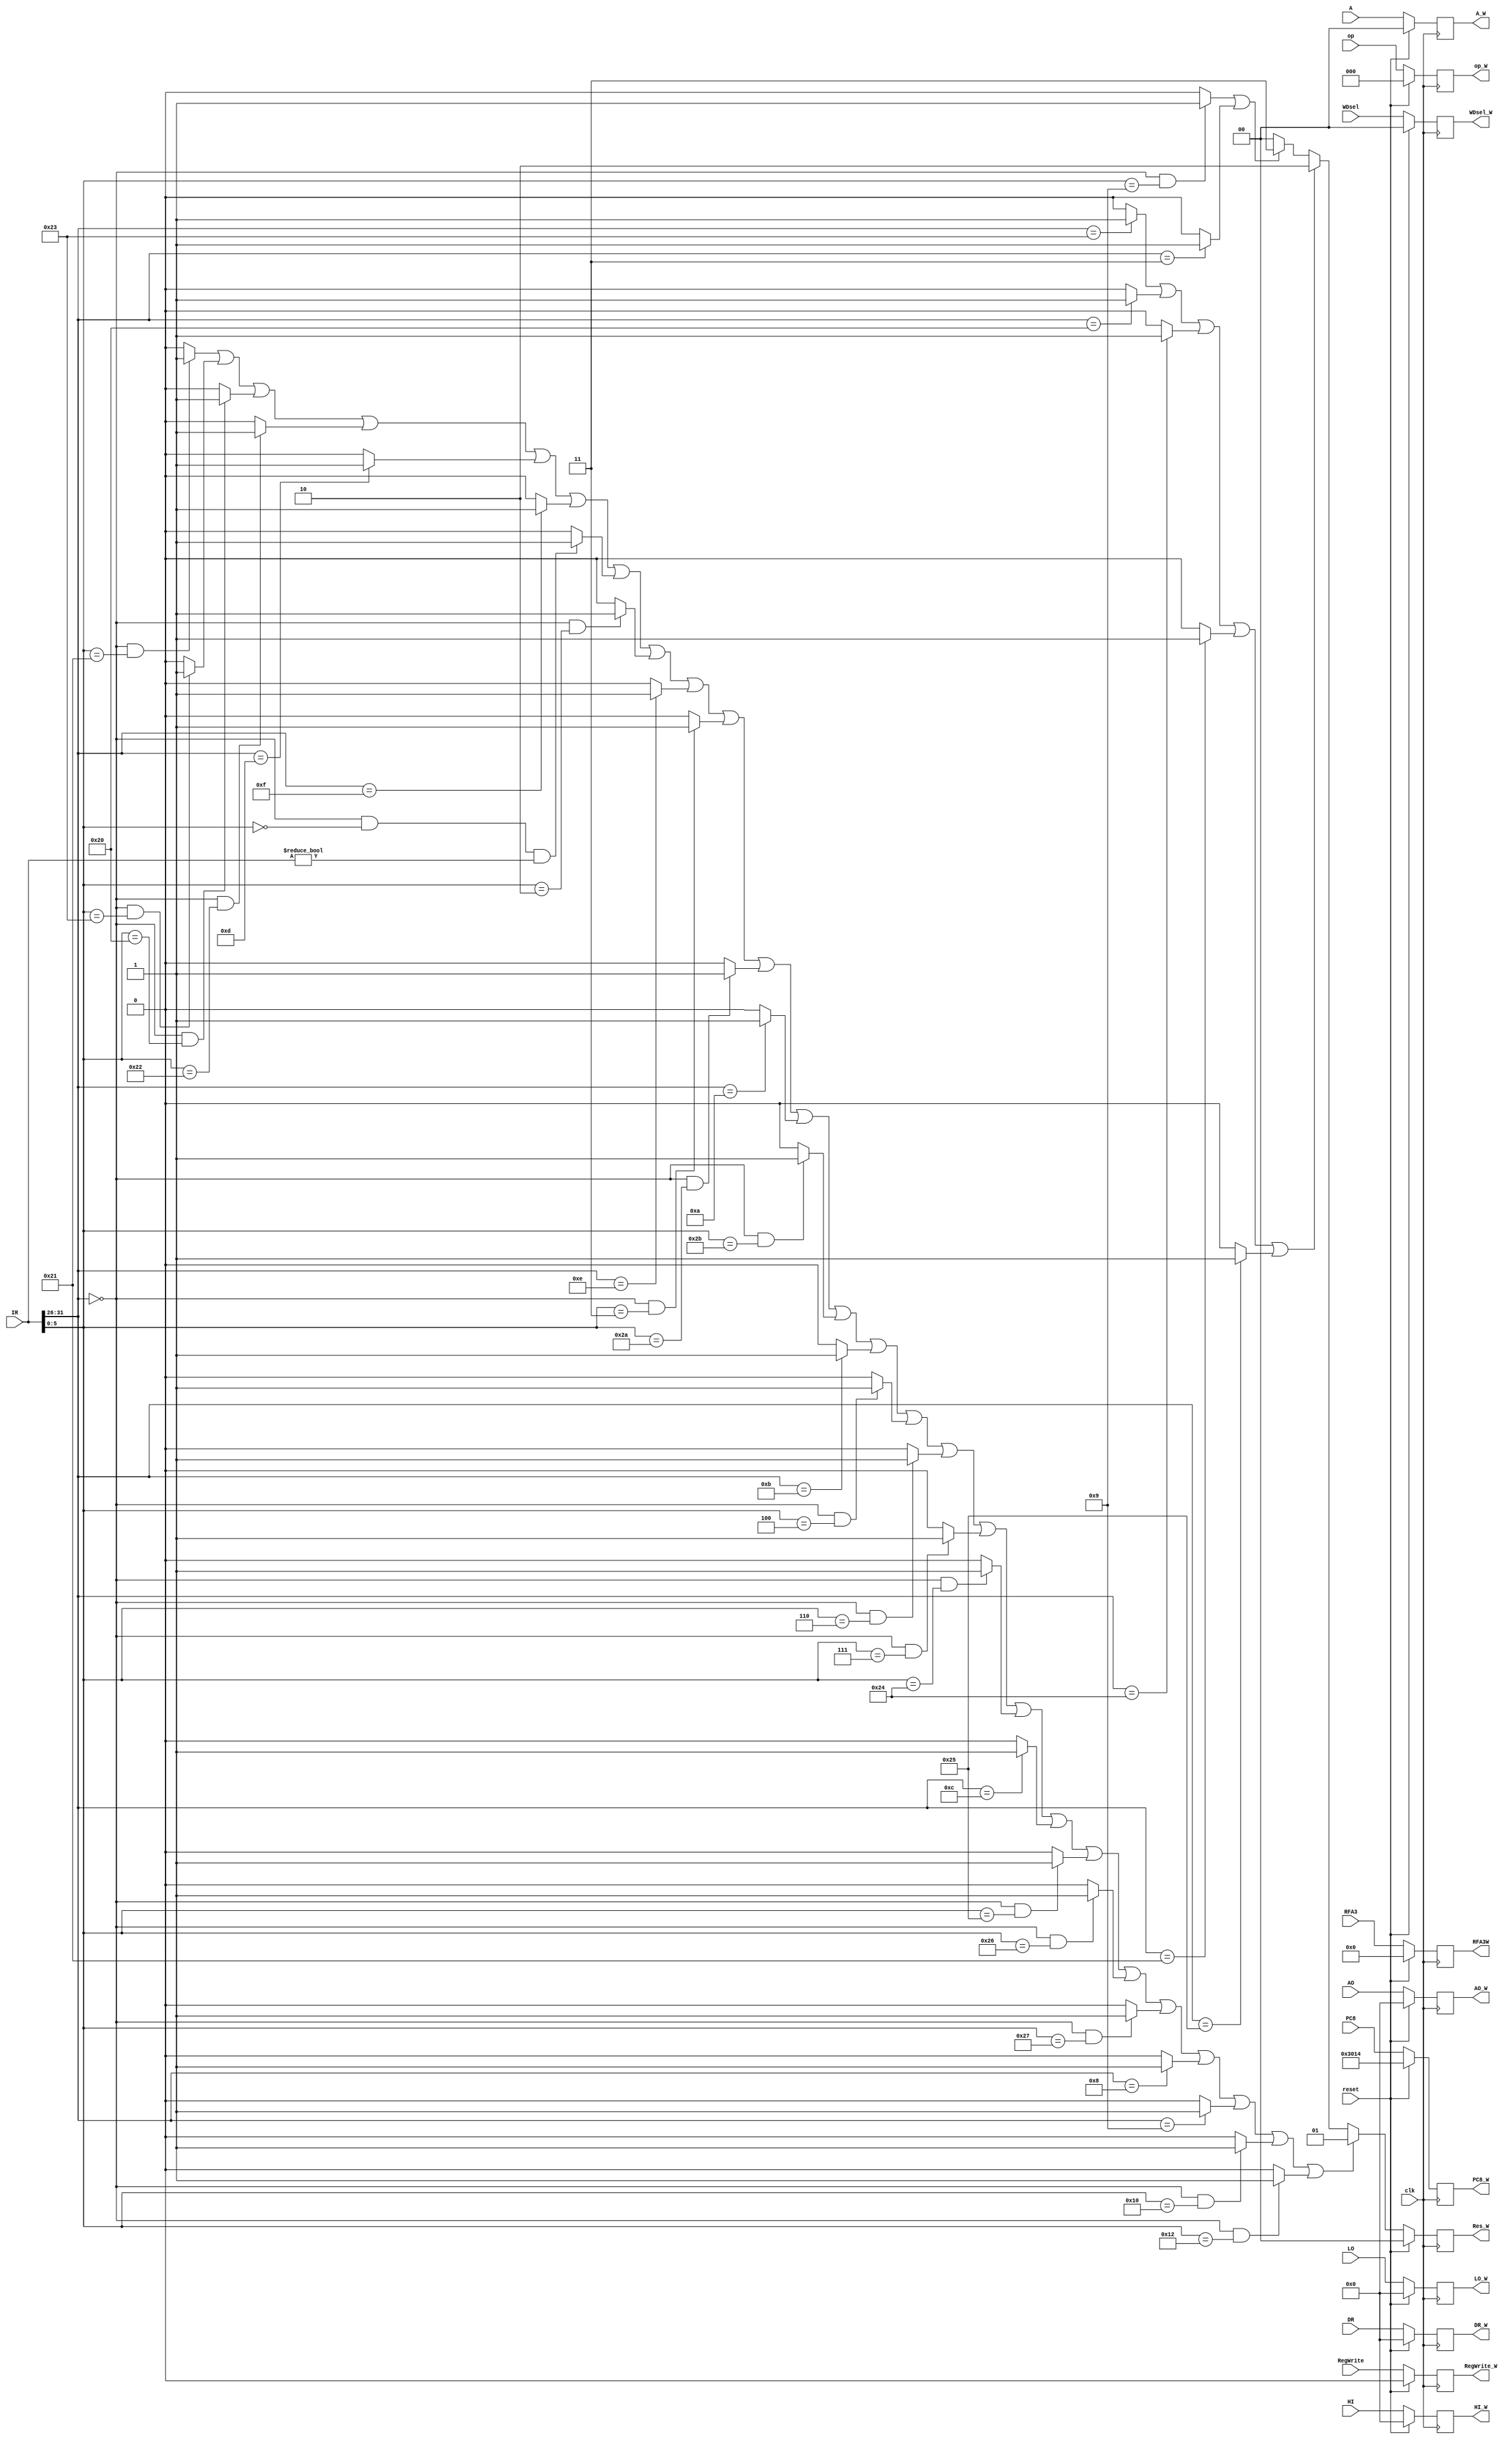
`timescale 1ns / 1ps

`define NW	2'b00
`define ALU 2'b01
`define DM 2'b10
`define PC 2'b11

`define op	31:26
`define func	5:0
`define rs	25:21
`define rt	20:16

`define addu	6'b100001
`define subu	6'b100011
`define jr	6'b001000
`define jalr	6'b001001
`define ori	6'b001101
`define lw	6'b100011
`define sw	6'b101011
`define beq	6'b000100
`define lui	6'b001111
`define xori	6'b001110
`define jal	6'b000011
`define j	6'b000010
`define lb	6'b100000
`define lbu	6'b100100
`define lh	6'b100001
`define lhu	6'b100101
`define sb	6'b101000
`define sh	6'b101001
`define add	6'b100000
`define sub	6'b100010
`define sll	6'b000000
`define srl	6'b000010
`define sra	6'b000011
`define sllv	6'b000100
`define srlv	6'b000110
`define srav	6'b000111
`define andand	6'b100100
`define andi	6'b001100
`define oror	6'b100101
`define xorxor	6'b100110
`define nornor	6'b100111
`define bgez	6'b000001
`define bltz	6'b000001
`define blez	6'b000110
`define bgtz	6'b000111
`define addi	6'b001000
`define addiu	6'b001001
`define slt	6'b101010
`define slti	6'b001010
`define sltu	6'b101011
`define sltiu	6'b001011
`define bne	6'b000101
`define mfhi	6'b010000
`define mflo	6'b010010

//////////////////////////////////////////////////////////////////////////////////
// Company: 
// Engineer: 
// 
// Design Name: 
// Module Name:    Wregs 
// Project Name: 
// Target Devices: 
// Tool versions: 
// Description: 
//
// Dependencies: 
//
// Revision: 
// Revision 0.01 - File Created
// Additional Comments: 
//
//////////////////////////////////////////////////////////////////////////////////
module Wregs(
	input clk,
	input reset,
	input [31:0] IR,
	input [31:0] PC8,
	input [31:0] AO,
	input [31:0] DR,
	input [4:0] RFA3,
	input RegWrite,
	input [1:0] WDsel,
	input [2:0] op,
	input [1:0] A,
	input [31:0] HI,
	input [31:0] LO,
	output reg [2:0] op_W,
	output reg [1:0] A_W,
	output reg [4:0] RFA3W,
	output reg [31:0] PC8_W,
	output reg [31:0] AO_W,
	output reg [31:0] DR_W,
	output reg [1:0] Res_W,
	output reg RegWrite_W,
	output reg [1:0] WDsel_W,
	output reg [31:0] HI_W,
	output reg [31:0] LO_W
    );
	wire addu = (IR[`op] == 6'b0 && IR[`func] == `addu) ? 1 : 0;
	wire subu = (IR[`op] == 6'b0 && IR[`func] == `subu) ? 1 : 0;
	wire add = (IR[`op] == 6'b0 && IR[`func] == `add) ? 1 : 0;
	wire sub = (IR[`op] == 6'b0 && IR[`func] == `sub) ? 1 : 0;
	wire jr = (IR[`op] == 6'b0 && IR[`func] == `jr) ? 1 : 0;
	wire jalr = (IR[`op] == 6'b0 && IR[`func] == `jalr) ? 1 : 0;
	wire ori = (IR[`op] == `ori) ? 1 : 0;
	wire lw = (IR[`op] == `lw) ? 1 : 0;
	wire sw = (IR[`op] == `sw) ? 1 : 0;
	wire beq = (IR[`op] == `beq) ? 1 : 0;
	wire lui = (IR[`op] == `lui) ? 1 : 0;
	wire xori = (IR[`op] == `xori) ? 1 : 0;
	wire jal = (IR[`op] == `jal) ? 1 : 0;
	wire j = (IR[`op] == `j) ? 1 : 0;
	wire lb = (IR[`op] == `lb) ? 1 : 0;
	wire lbu = (IR[`op] == `lbu) ? 1 : 0;
	wire lh = (IR[`op] == `lh) ? 1 : 0;
	wire lhu = (IR[`op] == `lhu) ? 1 : 0;
	wire sb = (IR[`op] == `sb) ? 1 : 0;
	wire sh = (IR[`op] == `sh) ? 1 : 0;
	wire sll = (IR[`op] == 6'b0 && IR[`func] == `sll && IR != 32'b0) ? 1 : 0;
	wire srl = (IR[`op] == 6'b0 && IR[`func] == `srl) ? 1 : 0;
	wire sra = (IR[`op] == 6'b0 && IR[`func] == `sra) ? 1 : 0;
	wire sllv = (IR[`op] == 6'b0 && IR[`func] == `sllv) ? 1 : 0;
	wire srlv = (IR[`op] == 6'b0 && IR[`func] == `srlv) ? 1 : 0;
	wire srav = (IR[`op] == 6'b0 && IR[`func] == `srav) ? 1 : 0;
	wire andand = (IR[`op] == 6'b0 && IR[`func] == `andand) ? 1 : 0;
	wire andi = (IR[`op] == `andi) ? 1 : 0;
	wire oror = (IR[`op] == 6'b0 && IR[`func] == `oror) ? 1 : 0;
	wire xorxor = (IR[`op] == 6'b0 && IR[`func] == `xorxor) ? 1 : 0;
	wire nornor = (IR[`op] == 6'b0 && IR[`func] == `nornor) ? 1 : 0;
	wire bgez = (IR[`op] == `bgez && IR[`rt] == 5'b00001) ? 1 : 0;
	wire bltz = (IR[`op] == `bltz && IR[`rt] == 5'b00000) ? 1 : 0;
	wire blez = (IR[`op] == `blez) ? 1 : 0;
	wire bgtz= (IR[`op] == `bgtz) ? 1 : 0;
	wire addi = (IR[`op] == `addi) ? 1 : 0;
	wire addiu = (IR[`op] == `addiu) ? 1 : 0;
	wire slt = (IR[`op] == 6'b0 && IR[`func] == `slt) ? 1 : 0;
	wire slti= (IR[`op] == `slti) ? 1 : 0;
	wire sltu = (IR[`op] == 6'b0 && IR[`func] == `sltu) ? 1 : 0;
	wire sltiu= (IR[`op] == `sltiu) ? 1 : 0;
	wire bne= (IR[`op] == `bne) ? 1 : 0;
	wire mfhi = (IR[`op] == 6'b0 && IR[`func] == `mfhi) ? 1 : 0;
	wire mflo = (IR[`op] == 6'b0 && IR[`func] == `mflo) ? 1 : 0;

	initial begin
		PC8_W = 32'h00003014;
		AO_W = 0;
		DR_W = 0;
		Res_W = 0;
		RFA3W = 0;
		RegWrite_W = 0;
		WDsel_W = 0;
		op_W = 0;
		A_W = 0;
		HI_W = 0;
		LO_W = 0;
	end
	
	always @(posedge clk) begin
		if (reset == 1) begin
			PC8_W = 32'h00003014;
			AO_W = 0;
			DR_W = 0;
			RFA3W = 0;
			RegWrite_W = 0;
			WDsel_W = 0;
			Res_W = 0;
			op_W = 0;
			A_W = 0;
			HI_W = 0;
			LO_W = 0;
		end
		else begin
			Res_W <= (addu || subu || add || sub || ori || lui || sll || srl || xori || sra || slt || slti || sltu || sltiu
						|| sllv || srlv || srav || andand || andi || oror || xorxor || nornor || addi || addiu || mfhi || mflo) ? `ALU :
						(lw || lb || lbu || lh || lhu) ? `DM :
					   (jalr || jal) ? `PC : `NW;
			PC8_W <= PC8;
			AO_W <= AO;
			DR_W <= DR;
			RFA3W <= RFA3;
			RegWrite_W <= RegWrite;
			WDsel_W <= WDsel;
			op_W <= op;
			A_W <= A;
			HI_W <= HI;
			LO_W <= LO;
		end
	end

endmodule